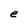
Character: e